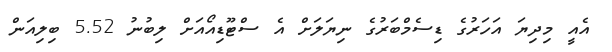
އެއީ މިދިޔަ އަހަރުގެ ޑިސެމްބަރުގެ ނިޔަލަށް އެ ސްޓޫޑިއޯއަށް ލިބުނު 5.52 ބިލިއަން